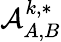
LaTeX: \mathcal{A}_{A,B}^{k,*}